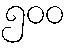
၅၀၀